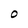
Character: O